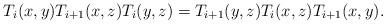
LaTeX: \begin{align*}T_i(x,y)T_{i+1}(x,z)T_i(y,z)=T_{i+1}(y,z)T_i(x,z)T_{i+1}(x,y).\end{align*}